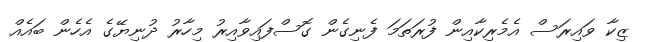
ޒިކާ ވައިރަސް އެމެރިކާއިން ފުރަތަމަ ފެނިގެން ގޮސްފައިވާއިރު މިހާރު ދުނިޔޭގެ އެހެން ބައެއް